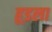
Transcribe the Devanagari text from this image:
हूडला